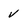
Character: v